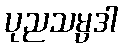
ပုညသမ္ပဒါ